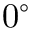
0 ^ { \circ }